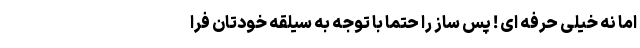
اما نه خیلی حرفه ای ! پس ساز را حتما با توجه به سیلقه خودتان فرا